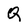
Character: Q